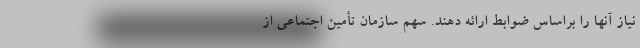
نیاز آنها را براساس ضوابط ارائه دهند. سهم سازمان تأمین اجتماعی از